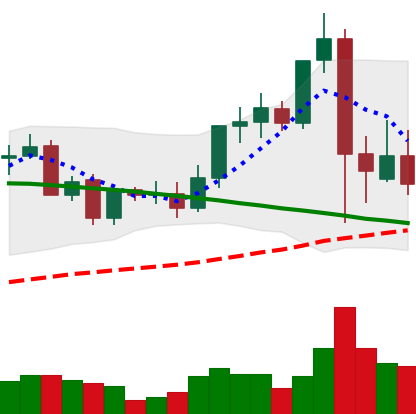
Ticker: LINK-USD
Chart end date: 2021-09-10
Forward return: 16.645%
Label: up_7plus